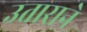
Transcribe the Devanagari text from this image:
उताराने